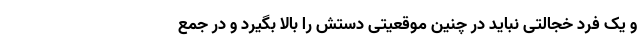
و یک فرد خجالتی نباید در چنین موقعیتی دستش را بالا بگیرد و در جمع